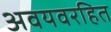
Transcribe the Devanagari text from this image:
अवयवरहित